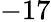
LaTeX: -17